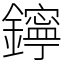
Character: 鑏